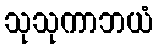
သုသုကာဘယံ